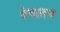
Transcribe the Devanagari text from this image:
वेगातच